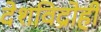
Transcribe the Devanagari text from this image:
देशविद्रोही